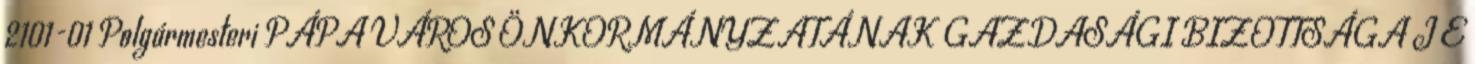
2101-01 Polgármesteri PÁPA VÁROS ÖNKORMÁNYZATÁNAK GAZDASÁGI BIZOTTSÁGA J E